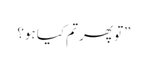
”تو پھر تم کیا ہو؟